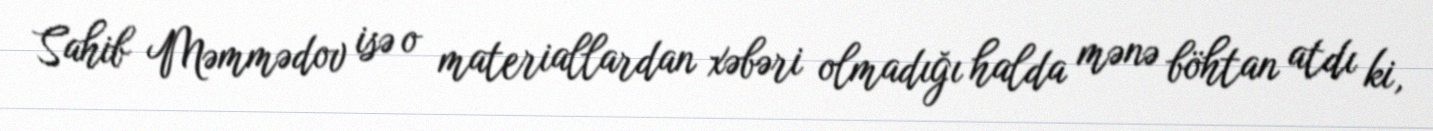
Sahib Məmmədov isə o materiallardan xəbəri olmadığı halda mənə böhtan atdı ki,